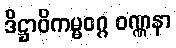
ဒိဋ္ဌာဝိကမ္မဝဂ္ဂ ဝဏ္ဏနာ